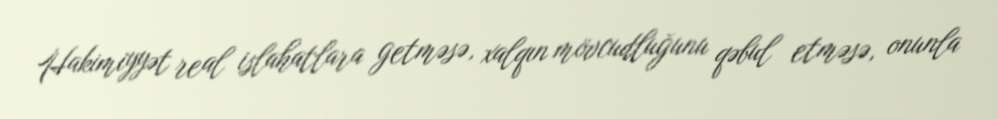
Hakimiyyət real islahatlara getməsə, xalqın mövcudluğunu qəbul etməsə, onunla